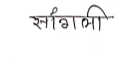
मजकूर: सांगली